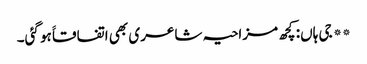
** جی ہاں: کچھ مزاحیہ شاعری بھی اتفاقاََ ہو گئی۔